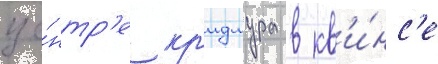
це́нтр'е кр'идмура в кв'и́нс'е